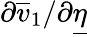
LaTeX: \partial\overline{{v}}_{1}/\partial\underline{{\eta}}